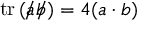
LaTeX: \operatorname { t r } \left( { a \! \! \! / } { b \! \! \! / } \right) = 4 ( a \cdot b )